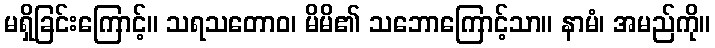
မရှိခြင်းကြောင့်။ သရသတောဝ၊ မိမိ၏ သဘောကြောင့်သာ။ နာမံ၊ အမည်ကို။